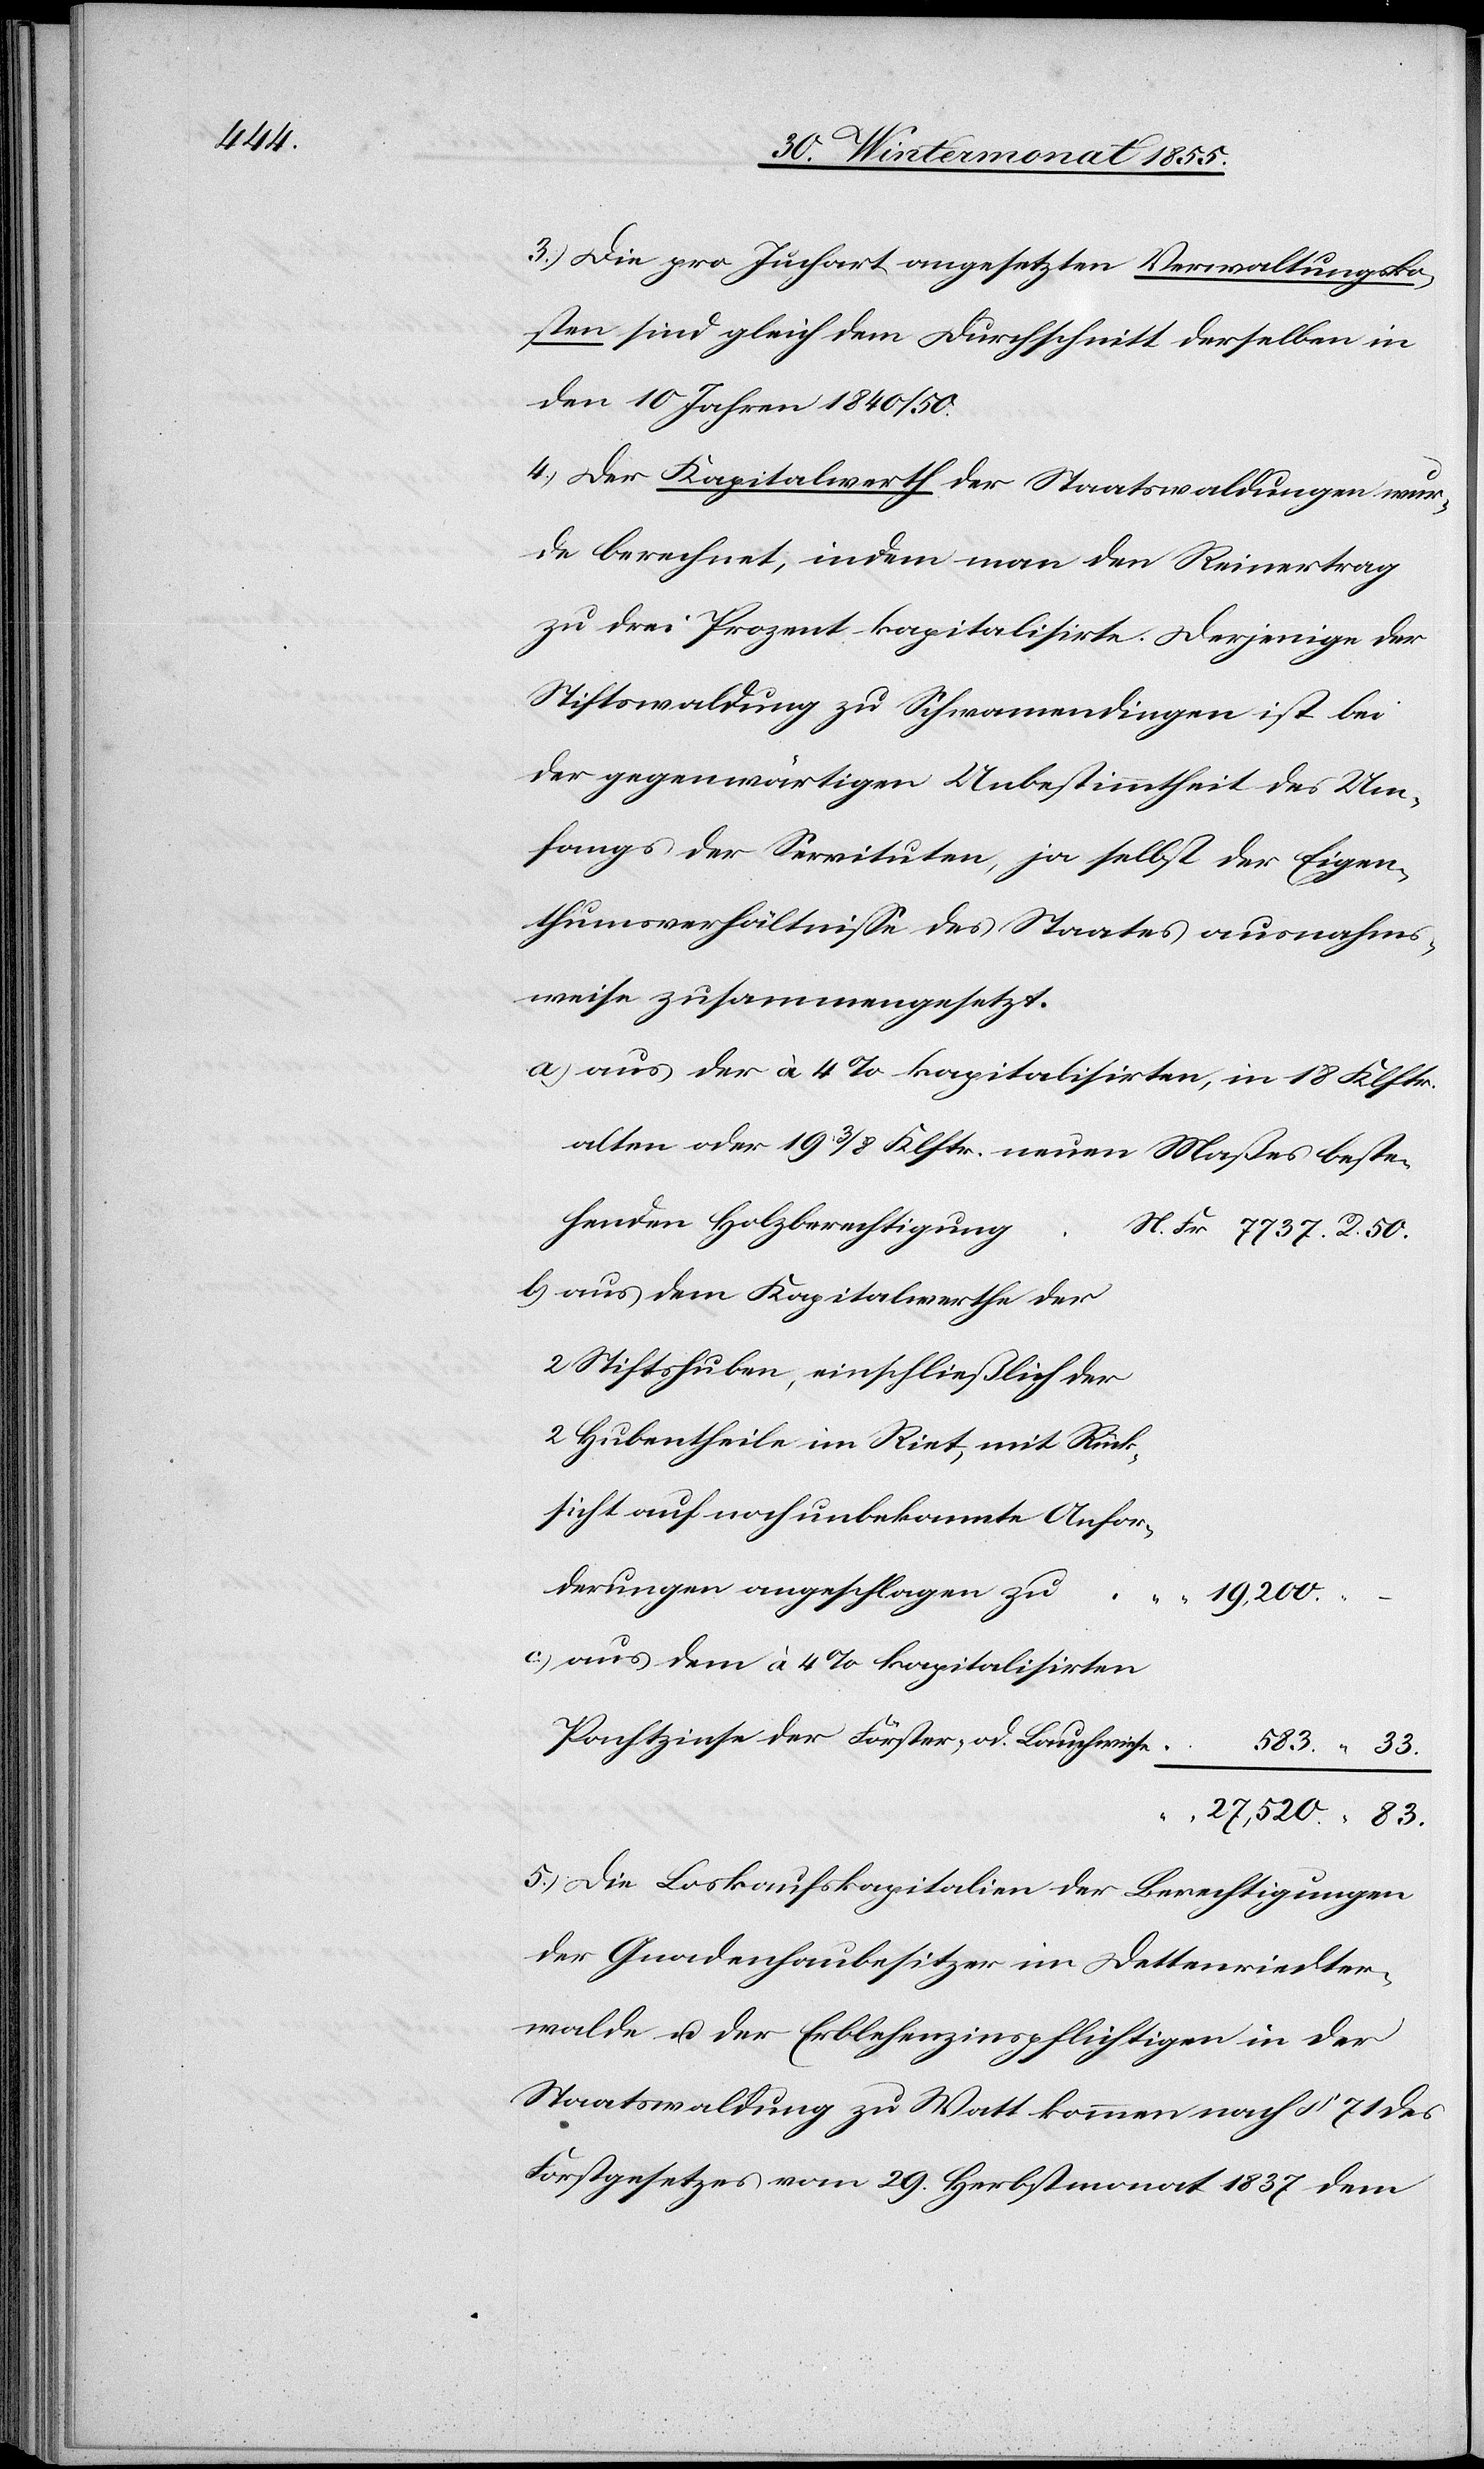
3.) Die pro Juchart angesetzten Verwaltungsko¬
sten sind gleich dem Durchschnitt derselben in
den 10 Jahren 1840 / 50.
4.) Der Kapitalwerth der Staatswaldungen wur¬
de berechnet, indem man den Reinertrag
zu drei Prozent kapitalisirte. Derjenige der
Stiftswaldung zu Schwamendingen ist bei
der gegenwärtigen Unbestimmtheit des Um¬
fangs der Servituten, ja selbst der Eigen¬
thumsverhältnisse des Staates ausnahms¬
weise zusammengesetzt.
aus der à 4% kapitalisirten, in 18 Klftr.
alten oder 19 3/8 Klftr. neuen Maßes beste¬
henden Holzberechtigung
aus dem Kapitalwerthe der
2 Stiftshuben, einschließlich der
2 Hubentheile im Riet, mit Rück¬
sicht auf noch unbekannte Anfor¬
derungen angeschlagen zu
R. 50.
19,200.
“
aus dem à 4% kapitalisirten
Pachtzinse der Förster- od. Lauchwiese
“ 33.
“
27,520.
5.) Die Loskaufskapitalien der Berechtigungen
der Gnadenhaubesitzer im Dettenriedter¬
walde u. der Erblehenzinspflichtigen in der
Staatswaldung zu Watt kommen nach § 71 des
Forstgesetzes vom 29. Herbstmonat 1837 dem